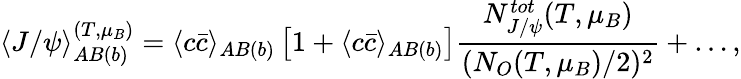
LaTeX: \langle J/\psi\rangle_{AB(b)}^{(T,\mu_{B})}=\langle c\bar{c}\rangle_{AB(b)}\left[1+\langle c\bar{c}\rangle_{AB(b)}\right]\frac{N_{J/\psi}^{tot}(T,\mu_{B})}{(N_{O}(T,\mu_{B})/2)^{2}}+\dots,